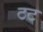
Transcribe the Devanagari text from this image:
ठट